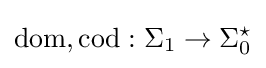
{\text{dom}},{\text{cod}}:\Sigma _{1}\to \Sigma _{0}^{\star }